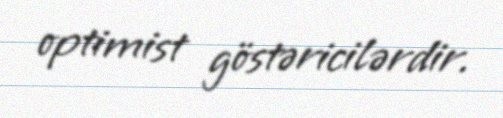
optimist göstəricilərdir.